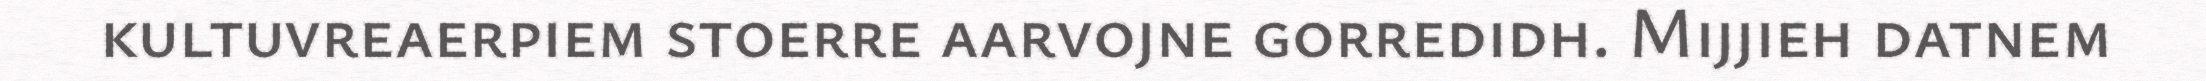
kultuvreaerpiem stoerre aarvojne gorredidh. Mijjieh datnem